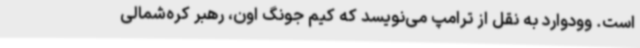
است. وودوارد به نقل از ترامپ می‌نویسد که کیم جونگ اون، رهبر کره‌شمالی